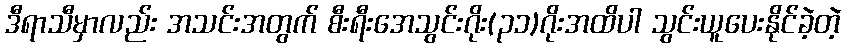
ဒီရာသီမှာလည်း အသင်းအတွက် စီးရီးအေသွင်းဂိုး(၃၁)ဂိုးအထိပါ သွင်းယူပေးနိုင်ခဲ့တဲ့